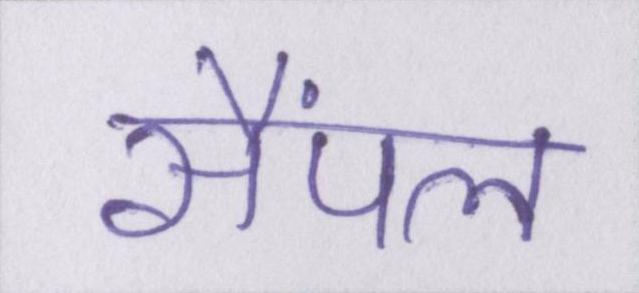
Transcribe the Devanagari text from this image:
सैंपल